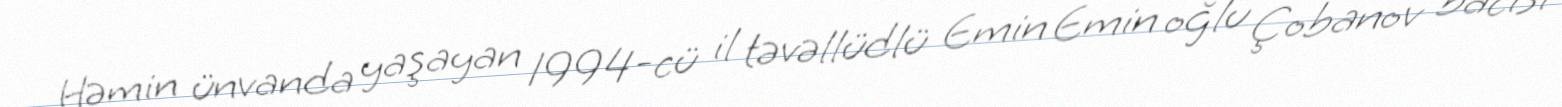
Həmin ünvanda yaşayan 1994-cü il təvəllüdlü Emin Emin oğlu Çobanov bacısı